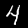
Label: 4